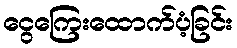
ငွေကြေးထောက်ပံ့ခြင်း